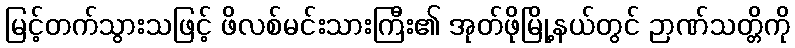
မြင့်တက်သွားသဖြင့် ဖိလစ်မင်းသားကြီး၏ အုတ်ဖိုမြို့နယ်တွင် ဉာဏ်သတ္တိကို